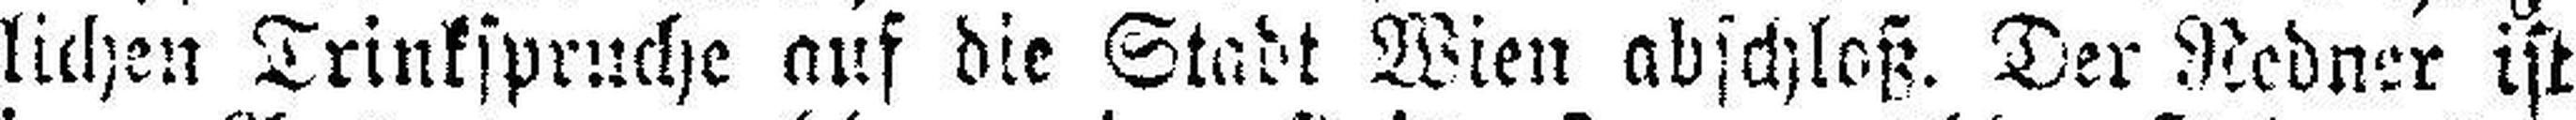
lichen Trinkspruche auf die Stadt Wien abschloß. Der Redner ist